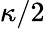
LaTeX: \kappa/2